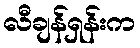
လီချန်ရှန်းက